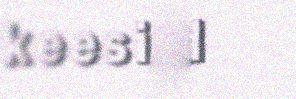
keesijd